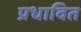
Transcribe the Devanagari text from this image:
प्रधावित